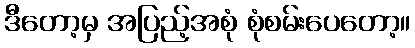
ဒီတော့မှ အပြည့်အစုံ စုံစမ်းပေတော့။